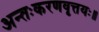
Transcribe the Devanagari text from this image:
अन्तःकरणवृत्तयः॥